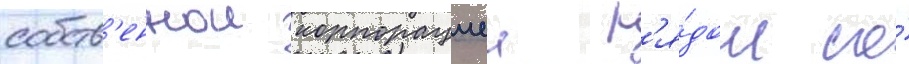
собств'еннои корпорациеи р'я́дом со́